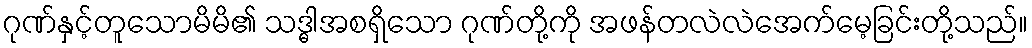
ဂုဏ်နှင့်တူသောမိမိ၏ သဒ္ဓါအစရှိသော ဂုဏ်တို့ကို အဖန်တလဲလဲအေက်မေ့ခြင်းတို့သည်။